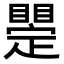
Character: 𥋫